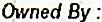
OWNED BY :